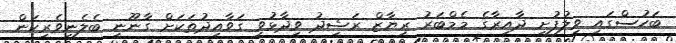
ބަހުސްގައި ވިލުފުށީ ދާއިރާގެ މެމްބަރު ރިޔާޒް ރަޝީދު ވިދާޅުވީ ގަވާއިދުތަކަށް ގާނޫނީ ބެލެނިވެރިކަން